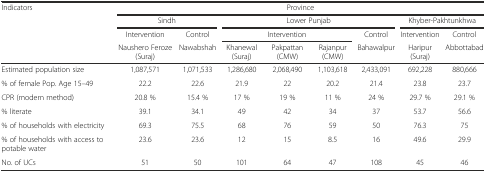
| <ROWSPAN=3> Indicators | <COLSPAN=8> Province |
 | <COLSPAN=2> Sindh | <COLSPAN=4> Lower Punjab | <COLSPAN=2> Khyber-Pakhtunkhwa |
 | Intervention | Control | <COLSPAN=3> Intervention | Control | Intervention | Control |
 |  | Naushero Feroze (Suraj) | Nawabshah | Khanewal (Suraj) | Pakpattan (CMW) | Rajanpur (CMW) | Bahawalpur | Haripur (Suraj) | Abbottabad |
 | --- | --- | --- | --- | --- | --- | --- | --- | --- |
 | Estimated population size | 1,087,571 | 1,071,533 | 1,286,680 | 2,068,490 | 1,103,618 | 2,433,091 | 692,228 | 880,666 |
 | % of female Pop. Age 15–49 | 22.2 | 22.6 | 21.9 | 22 | 20.2 | 21.4 | 23.8 | 23.7 |
 | CPR (modern method) | 20.8 % | 15.4 % | 17 % | 19 % | 11 % | 24 % | 29.7 % | 29.1 % |
 | % literate | 39.1 | 34.1 | 49 | 42 | 34 | 37 | 53.7 | 56.6 |
 | % of households with electricity | 69.3 | 75.5 | 68 | 76 | 59 | 50 | 76.3 | 75 |
 | % of households with access to potable water | 23.6 | 23.6 | 12 | 15 | 8.5 | 16 | 49.6 | 29.9 |
 | No. of UCs | 51 | 50 | 101 | 64 | 47 | 108 | 45 | 46 |